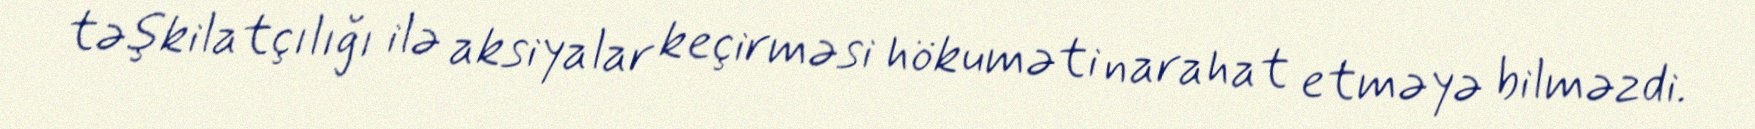
təşkilatçılığı ilə aksiyalar keçirməsi hökuməti narahat etməyə bilməzdi.